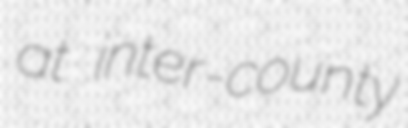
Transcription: at inter-county